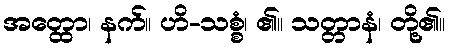
အတ္ထော၊ နက်။ ဟိ-သစ္စံ၊ ၏။ သတ္တာနံ၊ တို့၏။